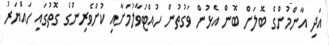
އަދި އާންމުންގެ ބޮލަށް ބޮން އެޅުން ވަގުތުން ހުއްޓުވާލުމަށާއި ކުށްވެރިންގެ ގޮތުގައި ހައްޔަރު